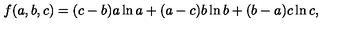
f ( a , b , c ) = ( c - b ) a \ln a + ( a - c ) b \ln b + ( b - a ) c \ln c ,